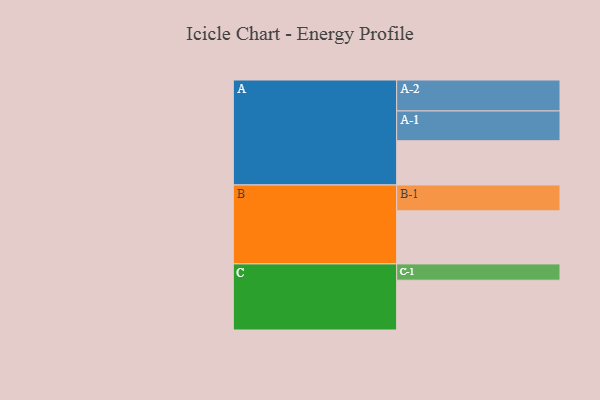
{"axis": {"x": "Segment", "y": "Value"}, "legend": ["", "A", "B", "C"], "data": [{"x": "A", "y": 413, "type": ""}, {"x": "B", "y": 496, "type": ""}, {"x": "C", "y": 465, "type": ""}, {"x": "A-1", "y": 278, "type": "A"}, {"x": "A-2", "y": 289, "type": "A"}, {"x": "B-1", "y": 241, "type": "B"}, {"x": "C-1", "y": 152, "type": "C"}]}